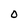
Character: O